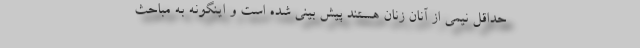
حداقل نیمی از آنان زنان هستند پیش بینی شده است و اینگونه به مباحث